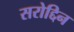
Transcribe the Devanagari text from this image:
सरोद्दिन